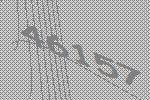
46157